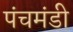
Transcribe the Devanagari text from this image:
पंचमंडी